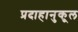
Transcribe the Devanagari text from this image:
प्रदाहानुकूल